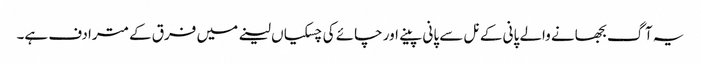
یہ آگ بجھانے والے پانی کے نل سے پانی پینے اور چائے کی چسکیاں لینے میں فرق کے مترادف ہے۔